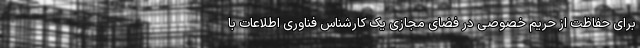
برای حفاظت از حریم خصوصی در فضای مجازی یک کارشناس فناوری اطلاعات با